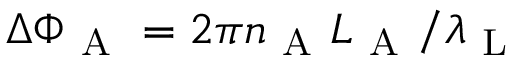
\Delta \Phi _ { \mathrm { ~ A ~ } } = 2 \pi n _ { \mathrm { ~ A ~ } } L _ { \mathrm { ~ A ~ } } / \lambda _ { \mathrm { ~ L ~ } }